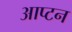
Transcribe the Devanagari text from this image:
आप्टन